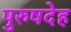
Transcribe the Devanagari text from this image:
पुरुषदेह